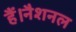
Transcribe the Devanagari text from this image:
हैं।नैशनल